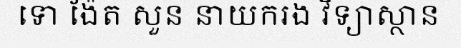
ទោ ង៉ែត សួន នាយករង វិទ្យាស្ថាន